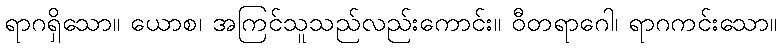
ရာဂရှိသော။ ယောစ၊ အကြင်သူသည်လည်းကောင်း။ ဝီတရာဂေါ၊ ရာဂကင်းသော။